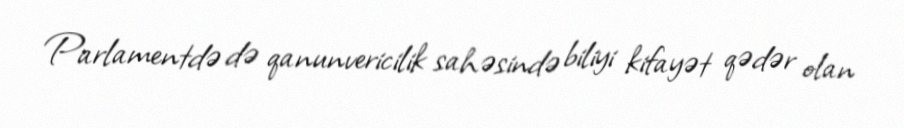
Parlamentdə də qanunvericilik sahəsində biliyi kifayət qədər olan